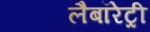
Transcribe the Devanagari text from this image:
लैबॉरेट्री